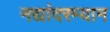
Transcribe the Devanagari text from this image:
नद्यांदरम्यान